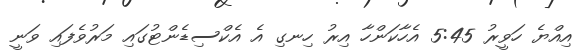
އިއްޔެ ހަވީރު 5:45 އެހާކަންހާ އިރު ހިނގި އެ އެކްސިޑެންޓުގައި މަރުވެފައި ވަނީ